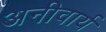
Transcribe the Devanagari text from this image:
अनीवार्य